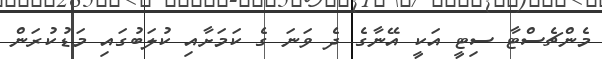
މެންޗެސްޓާ ސިޓީ އަކީ އޭނާގެ ދެ ވަނަ ގެ ކަމަށާއި ކުލަބުގައި މަޑުކުރަން